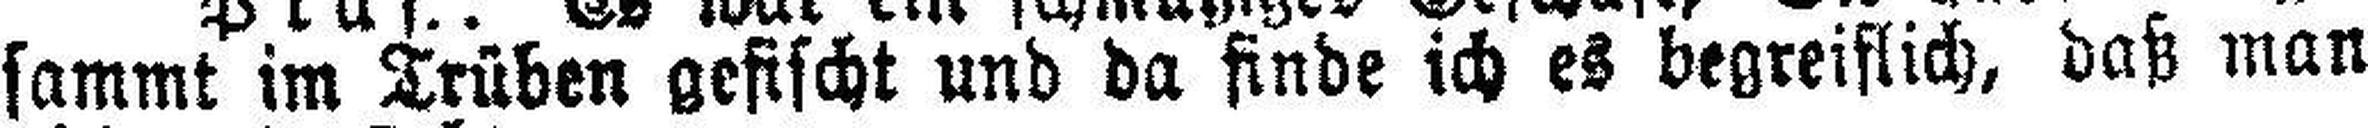
sammt im Trüben gefischt und da finde ich es begreiflich, daß man